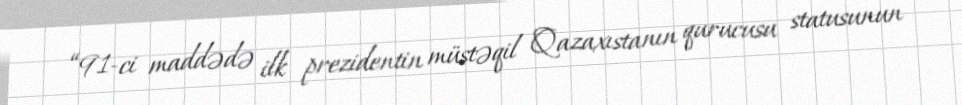
“91-ci maddədə ilk prezidentin müstəqil Qazaxıstanın qurucusu statusunun